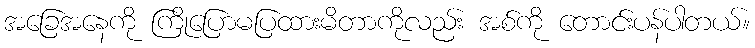
အခြေအနေကို ကြိုပြောမပြထားမိတာကိုလည်း အစ်ကို တောင်းပန်ပါတယ်။